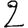
Digit: 2